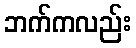
ဘက်ကလည်း